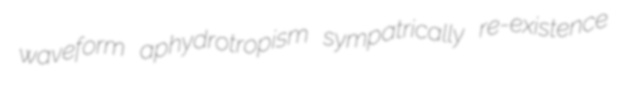
waveform aphydrotropism sympatrically re-existence